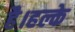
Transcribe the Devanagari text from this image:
है।हल्के